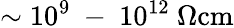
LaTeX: \mathrm{\sim 10^{9}\mathrm{~-~}10^{12}~\Omega cm}